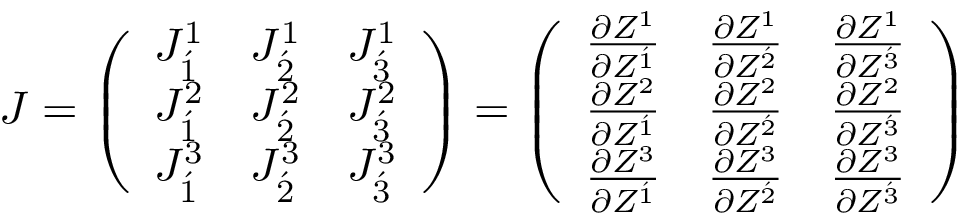
J = { \left( \begin{array} { l l l } { J _ { \acute { 1 } } ^ { 1 } } & { J _ { \acute { 2 } } ^ { 1 } } & { J _ { \acute { 3 } } ^ { 1 } } \\ { J _ { \acute { 1 } } ^ { 2 } } & { J _ { \acute { 2 } } ^ { 2 } } & { J _ { \acute { 3 } } ^ { 2 } } \\ { J _ { \acute { 1 } } ^ { 3 } } & { J _ { \acute { 2 } } ^ { 3 } } & { J _ { \acute { 3 } } ^ { 3 } } \end{array} \right) } = { \left( \begin{array} { l l l } { { \frac { \partial { Z ^ { 1 } } } { \partial { Z ^ { \acute { 1 } } } } } } & { { \frac { \partial { Z ^ { 1 } } } { \partial { Z ^ { \acute { 2 } } } } } } & { { \frac { \partial { Z ^ { 1 } } } { \partial { Z ^ { \acute { 3 } } } } } } \\ { { \frac { \partial { Z ^ { 2 } } } { \partial { Z ^ { \acute { 1 } } } } } } & { { \frac { \partial { Z ^ { 2 } } } { \partial { Z ^ { \acute { 2 } } } } } } & { { \frac { \partial { Z ^ { 2 } } } { \partial { Z ^ { \acute { 3 } } } } } } \\ { { \frac { \partial { Z ^ { 3 } } } { \partial { Z ^ { \acute { 1 } } } } } } & { { \frac { \partial { Z ^ { 3 } } } { \partial { Z ^ { \acute { 2 } } } } } } & { { \frac { \partial { Z ^ { 3 } } } { \partial { Z ^ { \acute { 3 } } } } } } \end{array} \right) }